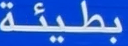
بطيئة